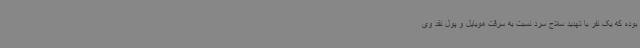
بوده که یک نفر با تهدید سلاح سرد نسبت به سرقت موبایل و پول نقد وی